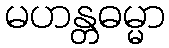
မဟန္တဓမ္မာ